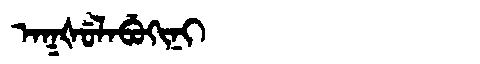
Manchu: ᠠᡴᡧᡠᠯᠠᠪᡠᡴᡳᠨᡳ
Romanization: AKŠULABUKINI